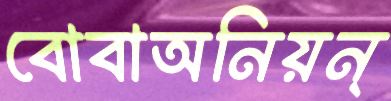
বোবাঅনিয়ন্